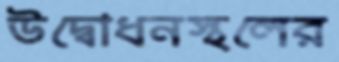
উদ্বোধনস্থলের